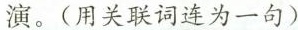
演。(用关联词连为一句)